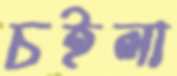
চইলা